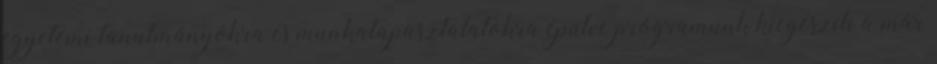
egyetemi tanulmányokra és munkatapasztalatokra épülve programunk kiegészíti a már